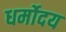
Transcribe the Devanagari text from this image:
धर्मोदय